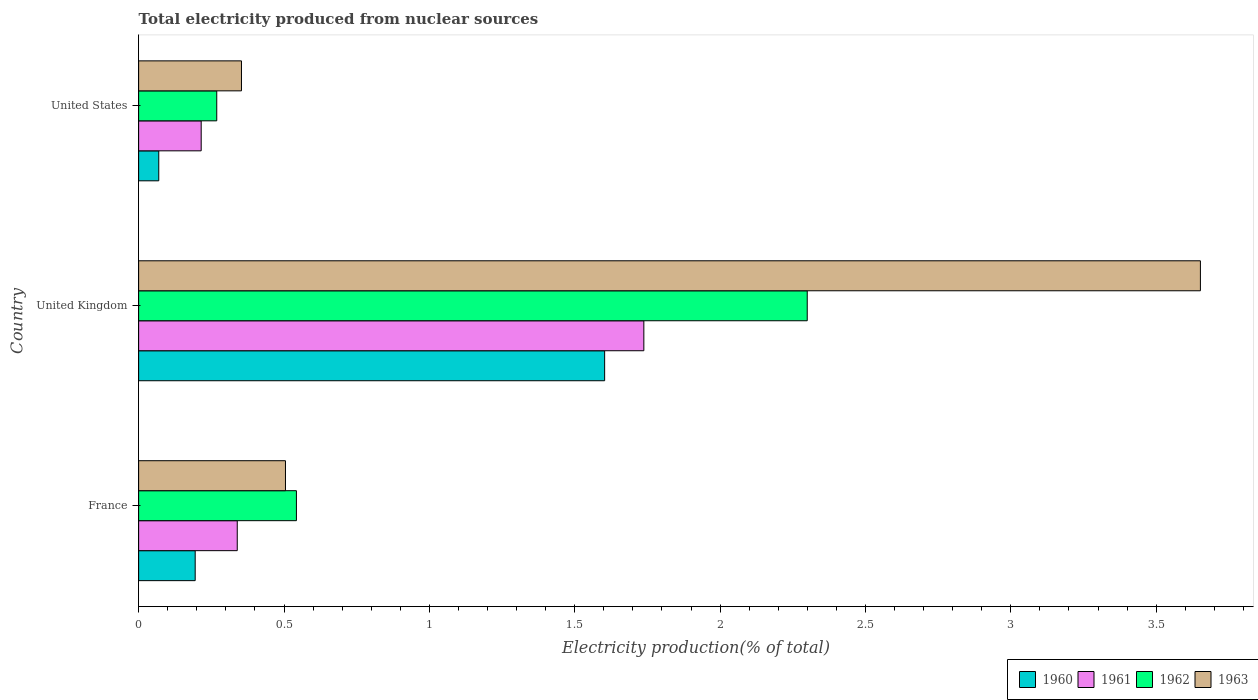
| Country | 1960 | 1961 | 1962 | 1963 |
 | --- | --- | --- | --- | --- |
 | France | 0.195 | 0.339 | 0.543 | 0.505 |
 | United Kingdom | 1.6 | 1.74 | 2.3 | 3.65 |
 | United States | 0.0693 | 0.215 | 0.269 | 0.354 |